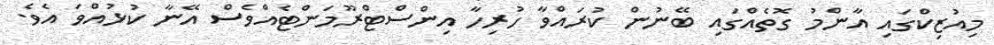
މިއުޒިކްގައި އާންމު ގޮތެއްގައި ބޭނުން ކުރައްވާ ހުރިހާ އިންސްޓްރޫމަންޓެއްވެސް އޭނާ ކުޅުއްވަ އެވެ.